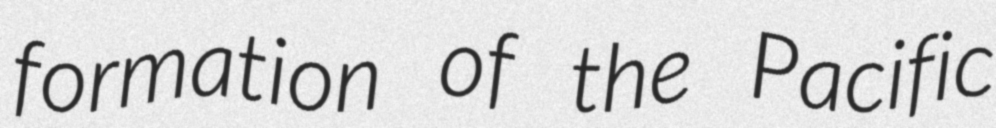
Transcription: formation of the Pacific